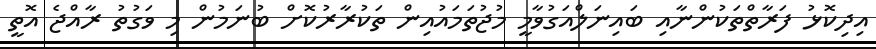
އިދިކޮޅު ފަރާތްތަކުންނާއި ބައިނަލްއަގުވާމީ މުޖުތަމައުއިން ތަކުރާރުކޮށް ބުނަމުން މި ވަގުތު ރާއްޖެ އޮތީ